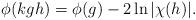
LaTeX: \begin{align*}\phi(kgh)=\phi(g) - 2\ln|\chi(h)|.\end{align*}